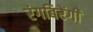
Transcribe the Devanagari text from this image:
रंगबिरेंगी